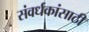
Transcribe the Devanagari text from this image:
संवर्धकांसाठी